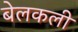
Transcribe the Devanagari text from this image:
बेलकली